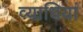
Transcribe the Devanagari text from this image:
व्‍याधियां